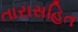
તારાસહિત